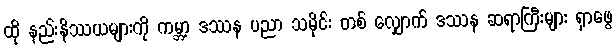
ထို နည်းနိဿယများကို ကမ္ဘာ့ ဒဿန ပညာ သမိုင်း တစ် လျှောက် ဒဿန ဆရာကြီးများ ရှာဖွေ